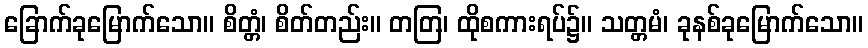
ခြောက်ခုမြောက်သော။ စိတ္တံ၊ စိတ်တည်း။ တတြ၊ ထိုစကားရပ်၌။ သတ္တမံ၊ ခုနစ်ခုမြောက်သော။